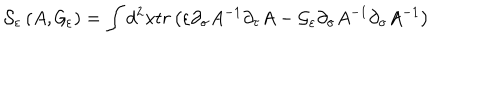
{ \cal S } _ { \varepsilon } \left( A , { \cal G } _ { \varepsilon } \right) = \int d ^ { 2 } x t r \left( \varepsilon \partial _ { \sigma } A ^ { - 1 } \partial _ { \tau } A - { \cal G } _ { \varepsilon } \partial _ { \sigma } A ^ { - 1 } \partial _ { \sigma } A ^ { - 1 } \right)